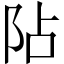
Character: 阽